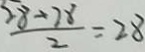
\frac { 2 8 + 2 8 } { 2 } = 2 8